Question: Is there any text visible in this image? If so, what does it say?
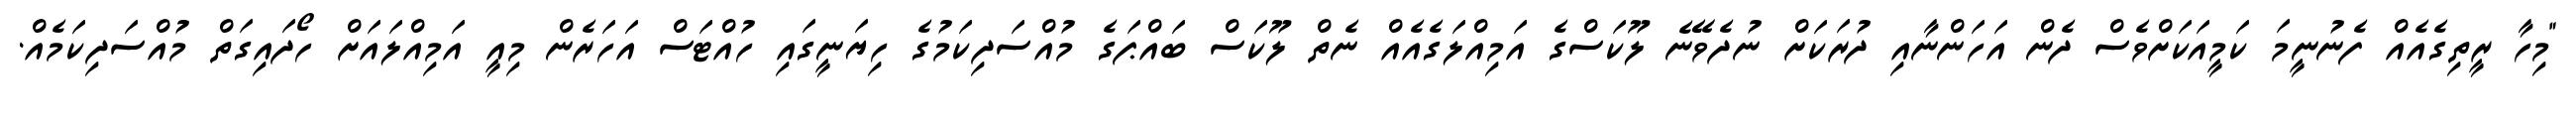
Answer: "މިހާ ރީތިގެއެއް ފެނުނީމަ ކަމީއަކަށްވެސް ދެން އަހަންނާއި ދުރަކަށް ނުދެވޭނެ ލޫކަސްގެ އަމިއްލަގެއެއް ނެތް ލޫކަސް ބައްޕަގެ މުއްސަދިކަމުގެ ހިޔަނީގައި ހުއްޓަސް އަހަރެން މިއީ އަމިއްލައަށް ހޯދައިގަތް މުއްސަދިކަމެއް.